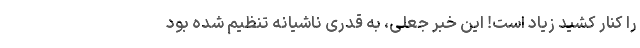
را کنار کشید زیاد است! این خبر جعلی، به قدری ناشیانه تنظیم شده بود